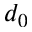
d _ { 0 }